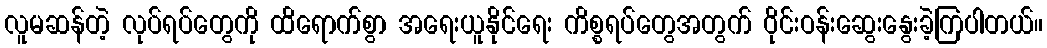
လူမဆန်တဲ့ လုပ်ရပ်တွေကို ထိရောက်စွာ အရေးယူနိုင်ရေး ကိစ္စရပ်တွေအတွက် ဝိုင်းဝန်းဆွေးနွေးခဲ့ကြပါတယ်။